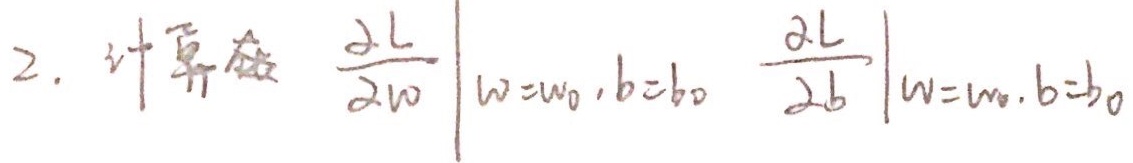
2. 计算导数\(\left.\frac{\partial L}{\partial w}\right|_{w = w_0, b = b_0}\) \(\left.\frac{\partial L}{\partial b}\right|_{w = w_0, b = b_0}\) 。